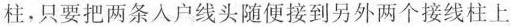
柱，只要把两条入户线头随便接到另外两个接线柱上